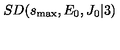
S D ( s _ { \mathrm { m a x } } , E _ { 0 } , J _ { 0 } \vert 3 )